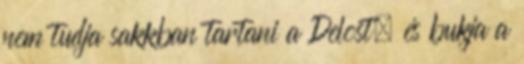
nem tudja sakkban tartani a Delost, és bukja a